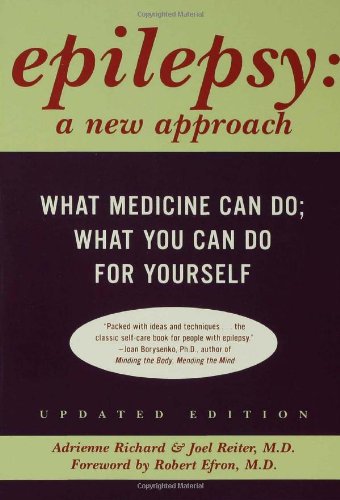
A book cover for Epilepsy: A New Approach; Adrienne Richard; Health, Fitness & Dieting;